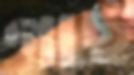
গাছ